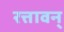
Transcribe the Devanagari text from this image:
रत्तावन्